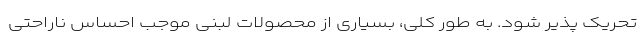
تحریک پذیر شود. به طور کلی، بسیاری از محصولات لبنی موجب احساس ناراحتی